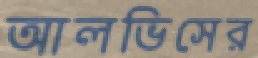
আলভিসের